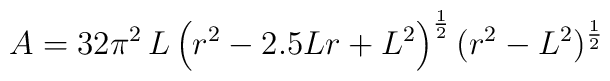
A=32\pi^2\,L\left(r^{2}-2.5Lr +L^2\right)^{\frac{1}{2}}(r^2-L^2)^{\frac{1}{2}}